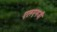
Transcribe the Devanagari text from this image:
एलएमजी